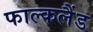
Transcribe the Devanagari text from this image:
फाल्कलैंड